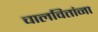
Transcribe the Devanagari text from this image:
चालवितांना